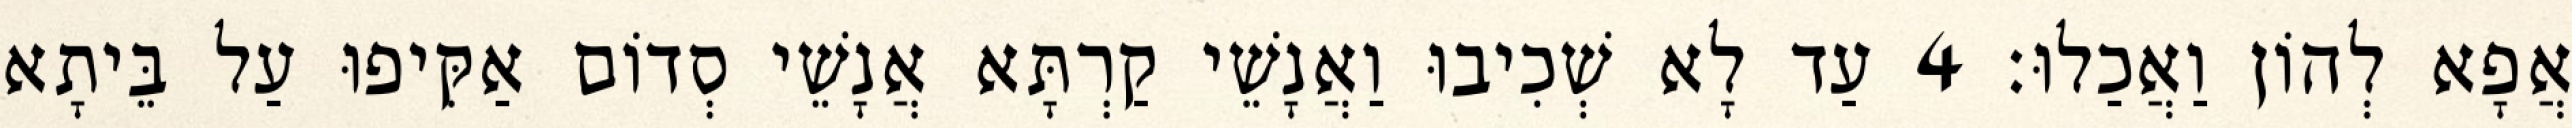
אֲפָא לְהוֹן וַאֲכַלוּ׃ 4 עַד לָא שְׁכִיבוּ וַאֲנָשֵׁי קַרְתָּא אֲנָשֵׁי סְדוֹם אַקִּיפוּ עַל בֵּיתָא